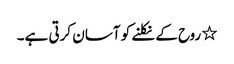
٭ روح کے نکلنے کو آسان کرتی ہے۔